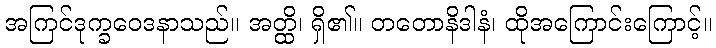
အကြင်ဒုက္ခဝေဒနာသည်။ အတ္ထိ၊ ရှိ၏။ တတောနိဒါနံ၊ ထိုအကြောင်းကြောင့်။